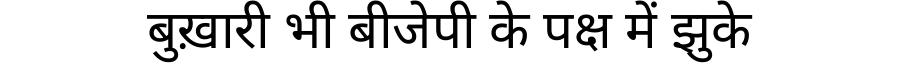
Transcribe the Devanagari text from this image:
बुख़ारी भी बीजेपी के पक्ष में झुके